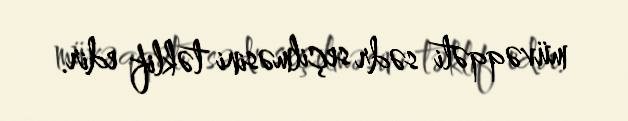
müvəqqəti sədr seçilməsini təklif edir.